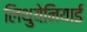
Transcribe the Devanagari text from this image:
लिथुयेनियाई